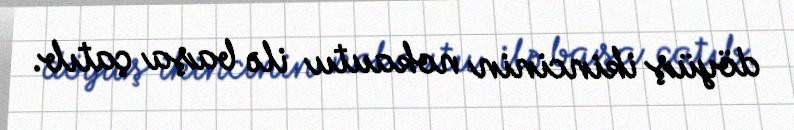
döyüş ikincinin nokautu ilə başa çatıb.